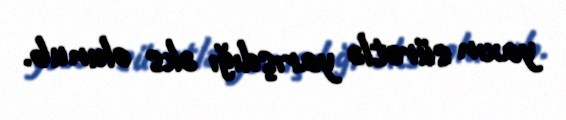
yaxın sürətlə yarışdığı əks olunub.